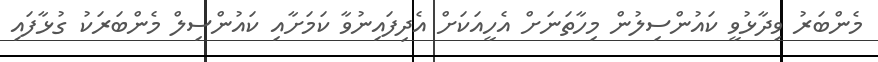
މެންބަރު ވިދާޅުވީ ކައުންސިލުން މިހާތަނަށް އެހީއަކަށް އެދިފައިނުވާ ކަމަށާއި ކައުންސިލް މެންބަރަކު ގުޅާފައި